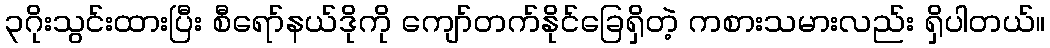
၃ဂိုးသွင်းထားပြီး စီရော်နယ်ဒိုကို ကျော်တက်နိုင်ခြေရှိတဲ့ ကစားသမားလည်း ရှိပါတယ်။